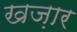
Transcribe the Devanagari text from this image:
खज़ार